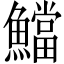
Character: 𩼉